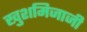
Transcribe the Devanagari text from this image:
खुशमिजाजी